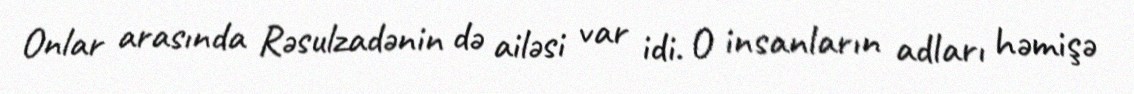
Onlar arasında Rəsulzadənin də ailəsi var idi. O insanların adları həmişə